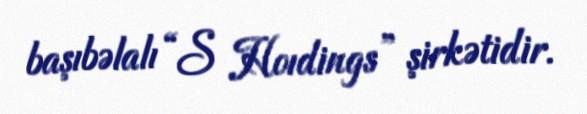
başıbəlalı “S Hoıdings” şirkətidir.